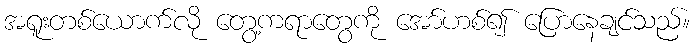
အရူးတစ်ယောက်လို တွေ့ကရာတွေကို အော်ဟစ်၍ ပြောနေချင်သည်။